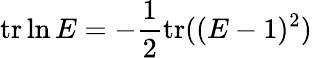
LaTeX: \mathrm{tr}\ln E=-\frac{1}{2}\mathrm{tr}((E-1)^{2})